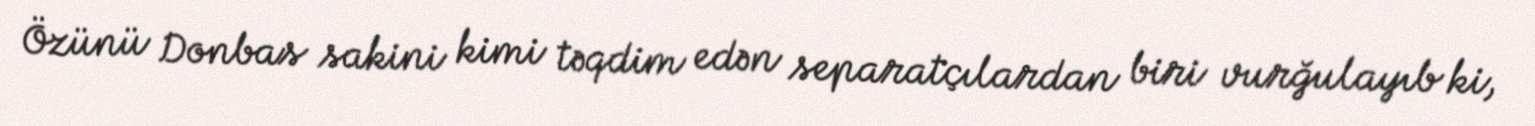
Özünü Donbas sakini kimi təqdim edən separatçılardan biri vurğulayıb ki,